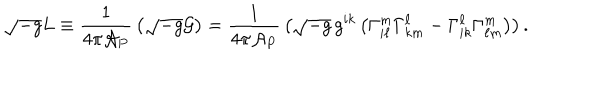
LaTeX: \sqrt { - g } L \equiv { \frac { 1 } { 4 \pi { \cal A } _ { P } } } \left( \sqrt { - g } { \cal G } \right) = { \frac { 1 } { 4 \pi { \cal A } _ { P } } } \left( \sqrt { - g } \, g ^ { i k } \left( \Gamma _ { i \ell } ^ { m } \Gamma _ { k m } ^ { \ell } - \Gamma _ { i k } ^ { \ell } \Gamma _ { \ell m } ^ { m } \right) \right) .